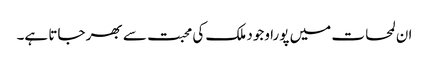
ان لمحات میں پورا وجود ملک کی محبت سے بھر جاتا ہے۔